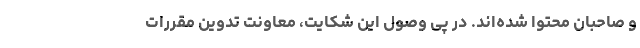
و صاحبان محتوا شده‌اند. در پی وصول این شکایت، معاونت تدوین مقررات